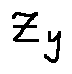
z _ { y }